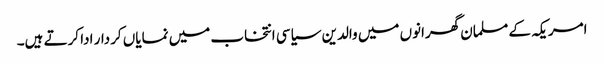
امریکہ کے مسلمان گھرانوں میں والدین سیاسی انتخاب میں نمایاں کردار ادا کرتے ہیں۔